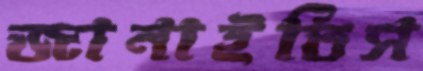
জানাইতিস